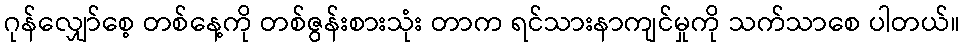
ဂုန်လျှော်စေ့ တစ်နေ့ကို တစ်ဇွန်းစားသုံး တာက ရင်သားနာကျင်မှုကို သက်သာစေ ပါတယ်။